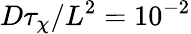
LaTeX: D\tau_{\chi}/L^{2}=10^{-2}